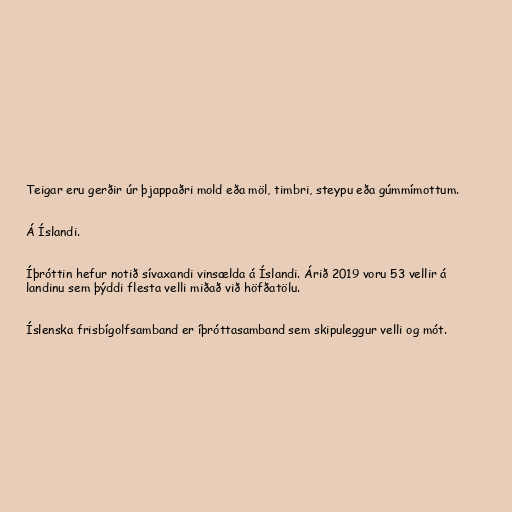
Teigar eru gerðir úr þjappaðri mold eða möl, timbri, steypu eða gúmmímottum.

Á Íslandi.

Íþróttin hefur notið sívaxandi vinsælda á Íslandi. Árið 2019 voru 53 vellir á
landinu sem þýddi flesta velli miðað við höfðatölu.

Íslenska frisbígolfsamband er íþróttasamband sem skipuleggur velli og mót.